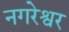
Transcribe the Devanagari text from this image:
नगरेश्वर